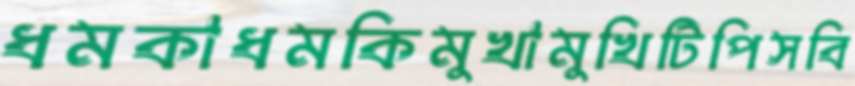
ধমকাধমকিমুখামুখিটিপিসবি